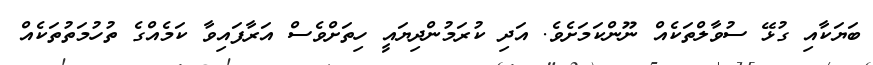
ބަޔަކާއި ގުޅޭ ސުވާލްތަކެއް ނޫންކަމަށެވެ. އަދި ކުރަމުންދިޔައީ ހިތަށްވެސް އަރާފައިވާ ކަމެއްގެ ތުހުމަތުތަކެއް